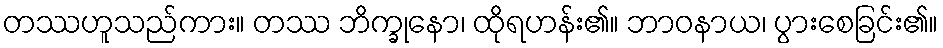
တဿဟူသည်ကား။ တဿ ဘိက္ခုနော၊ ထိုရဟန်း၏။ ဘာဝနာယ၊ ပွားစေခြင်း၏။